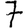
Digit: 7